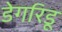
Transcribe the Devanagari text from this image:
डेगरिडू